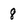
Character: 8